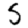
Digit: 5